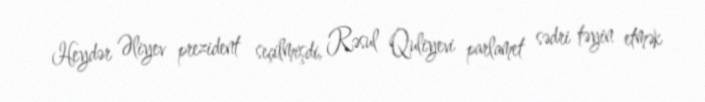
Heydər Əliyev prezident seçilmişdi, Rəsul Quliyevi parlamet sədri təyin etmək